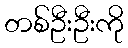
တစ်ဦးဦးကို